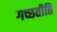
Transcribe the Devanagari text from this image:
गच्छतीति